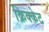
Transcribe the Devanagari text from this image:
क्रिक्केट